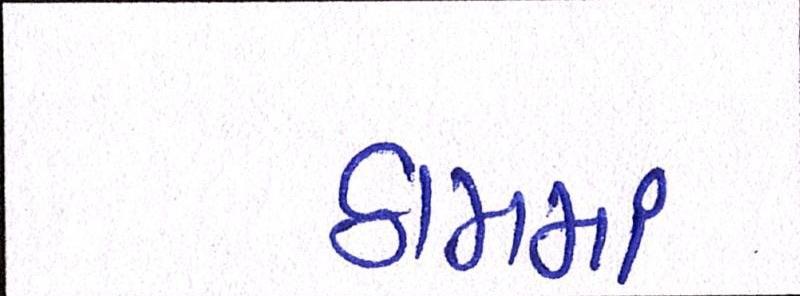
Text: ઠામમાં